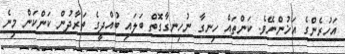
އަހުރެންގެ އަޚުންނޭވެ. ކަންތައް ހިނގާ ނުހިނގާގޮތް ބަލައި ބުއްދީގެ ތަރާދުން ކަންކަން މިނެ